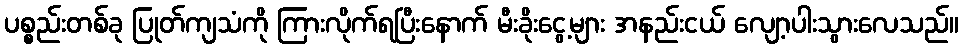
ပစ္စည်းတစ်ခု ပြုတ်ကျသံကို ကြားလိုက်ရပြီးနောက် မီးခိုးငွေ့များ အနည်းငယ် လျော့ပါးသွားလေသည်။